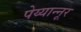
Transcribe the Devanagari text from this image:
पेय्यान्‍नूर